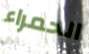
الحمراء